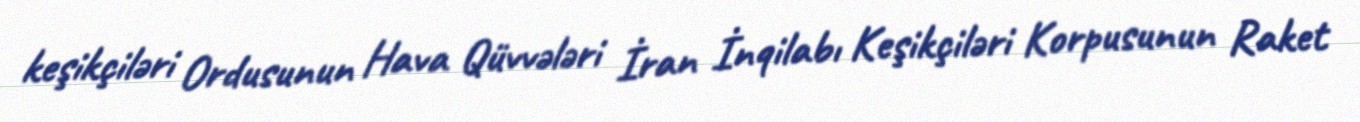
keşikçiləri Ordusunun Hava Qüvvələri İran İnqilabı Keşikçiləri Korpusunun Raket